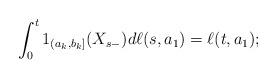
LaTeX: \begin{align*}\int_0^t 1_{(a_k,b_k]}(X_{s-})d\ell(s, a_1)=\ell(t,a_1);\end{align*}